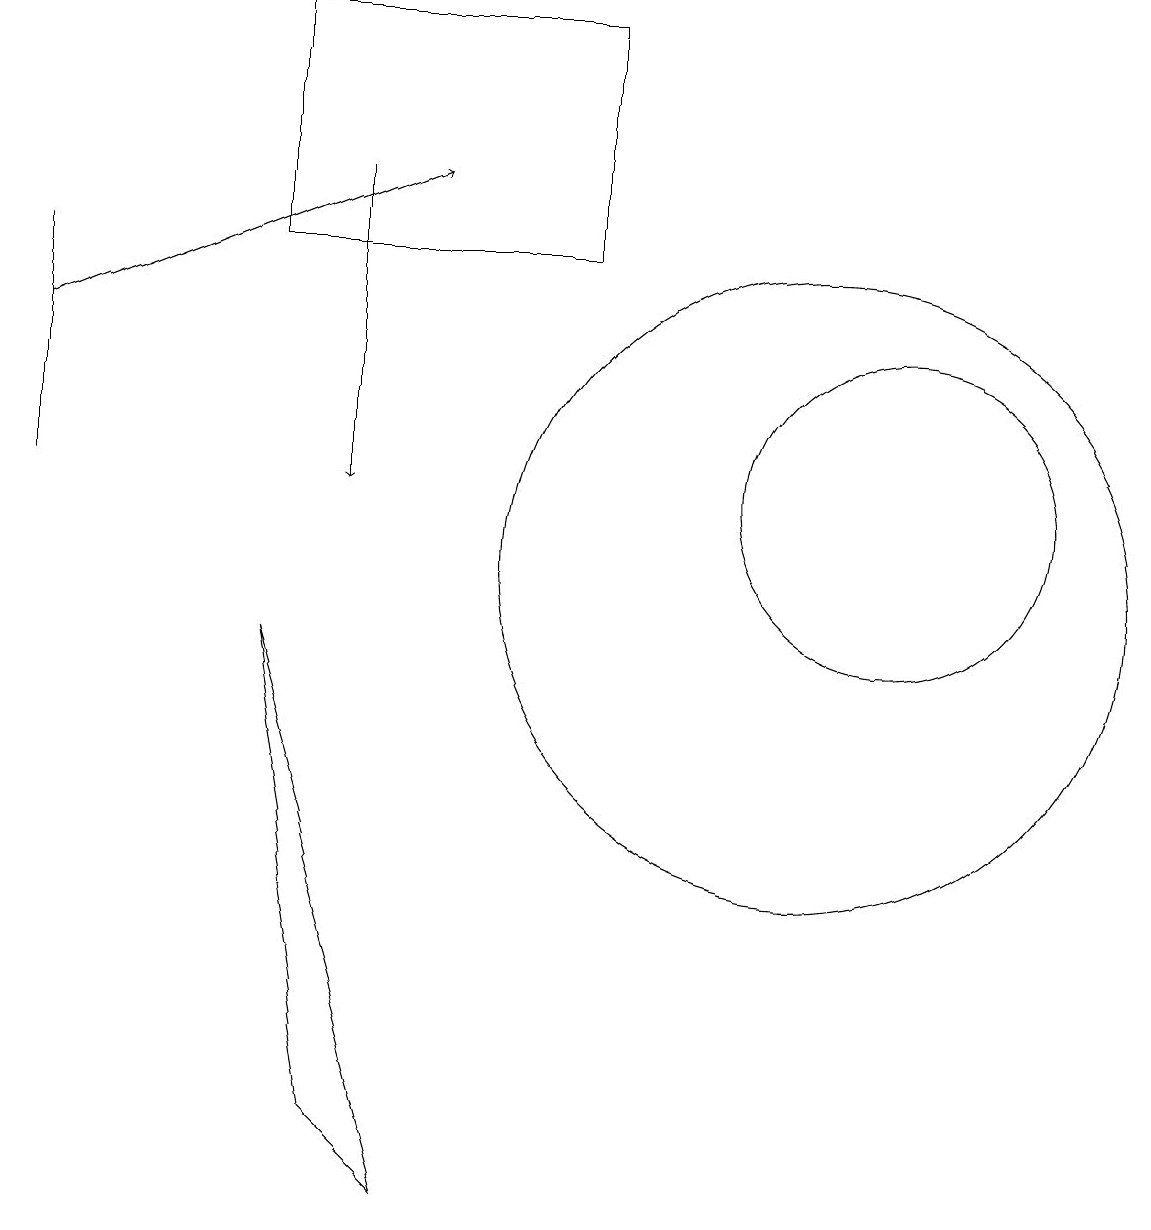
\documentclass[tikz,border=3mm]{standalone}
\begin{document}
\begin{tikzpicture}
\draw (5,2) -- (3,9) -- (4,3) -- cycle;
\draw[->] (0,13) -- (5,15);
\draw[->] (4,15) -- (4,11);
\draw (0,14) rectangle (0,11);
\draw (10,10) circle (4);
\draw (0,11) rectangle (0,11);
\draw (3,14) rectangle (7,17);
\draw (11,11) circle (2);
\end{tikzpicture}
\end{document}